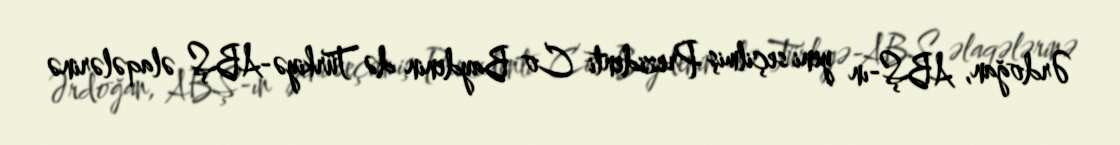
Ərdoğan, ABŞ-ın yeni seçilmiş Prezidenti Co Baydenin də Türkiyə-ABŞ əlaqələrinə